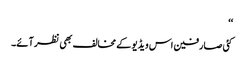
‘‘
کئی صارفین اس ویڈیو کے مخالف بھی نظر آئے۔